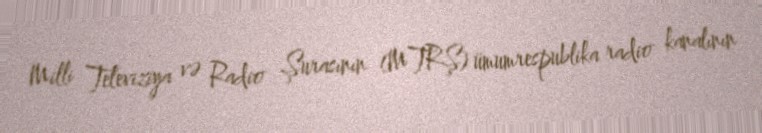
Milli Tеlеviziya və Radiо Şurasının (MTRŞ) ümumrespublika radio kanalının